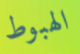
الهبوط